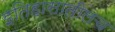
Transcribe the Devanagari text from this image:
इतिहासातीलच